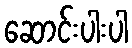
ဆောင်းပါးပါ